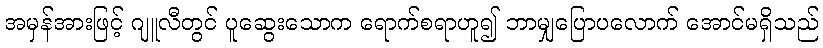
အမှန်အားဖြင့် ဂျူလီတွင် ပူဆွေးသောက ရောက်စရာဟူ၍ ဘာမျှပြောပလောက် အောင်မရှိသည်